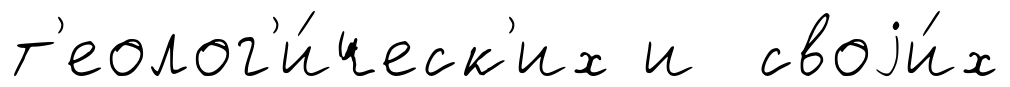
т'еолог'и́ческ'их и своjи́х